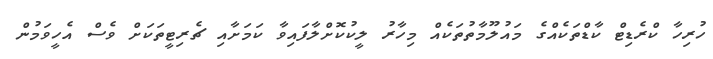
ހުރިހާ ކްރެޑިޓް ކާޑްތަކެއްގެ މައުލޫމާތުތަކެއް މިހާރު ލީކުކޮށްލާފައިވާ ކަމަށާއި ޗެރިޓީތަކަށް ވެސް އެހީވަމުން